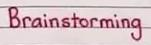
Brainstorming